Madras plague regulations and rules - Volume 2
Disease focus: Plague
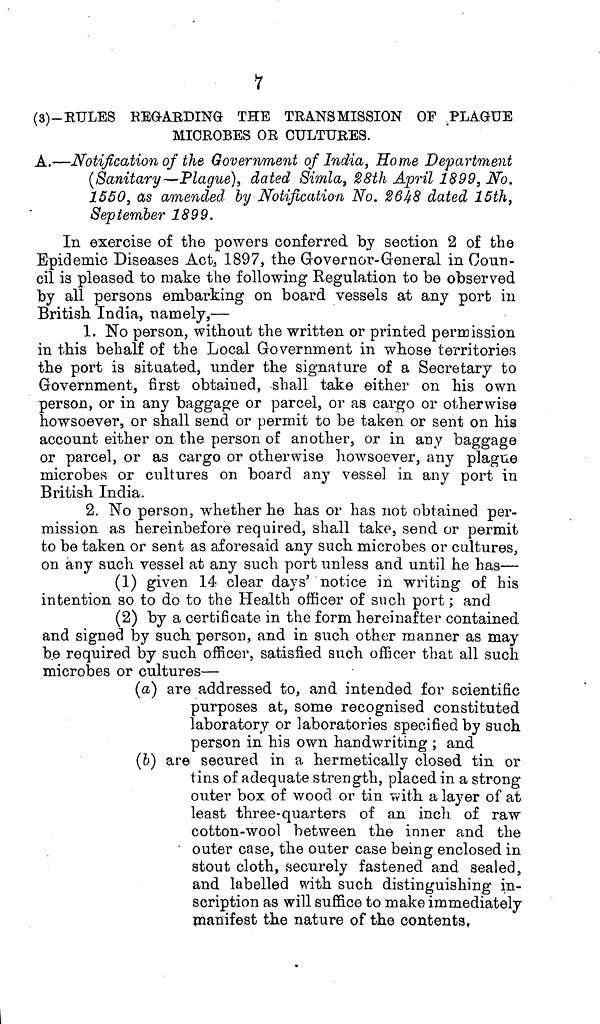
V
(3)-RULES REGARDING THE TRANSMISSION OF PLAGUE
MICROBES OR CULTURES.
A.—Notification of the Government of India, Home Department
(Sanitary—Plague), dated Simla, 28th April 1899, No.
1550, as amended by Notification No. 2648 dated 15th,
September 1899.
In exercise of the powers conferred by section 2 of the
Epidemic Diseases Act, 1897, the Governor-General in Coun-
cil is pleased to make the following Regulation to be observed
by all persons embarking on board vessels at any port in
British India, namely,—
1. No person, without the written or printed permission
in this behalf of the Local Government in whose territories
the port is situated, under the signature of a Secretary to
Government, first obtained, shall take either on his own
person, or in any baggage or parcel, or as cargo or otherwise
howsoever, or shall send or permit to be taken or sent on his
account either on the person of another, or in any baggage
or parcel, or as cargo or otherwise howsoever, any plague
microbes or cultures on board any vessel in any port in
British India.
2. No person, whether he has or has not obtained per-
mission as hereinbefore required, shall take, send or permit
to be taken or sent as aforesaid any such microbes or cultures,
on any such vessel at any such port unless and until he has—
(1) given 14 clear days' notice in writing of his
intention so to do to the Health officer of such port; and
(2) by a certificate in the form hereinafter contained
and signed by such person, and in such other manner as may
be required by such officer, satisfied such officer that all such
microbes or cultures—
(a) are addressed to, and intended for scientific
purposes at, some recognised constituted
laboratory or laboratories specified by such
person in his own handwriting ; and
(6) are secured in a hermetically closed tin or
tins of adequate strength, placed in a strong-
outer box of wood or tin with a layer of at
least three-quarters of an inch of raw
cotton-wool between the inner and the
outer case, the outer case being enclosed in
stout cloth, securely fastened and sealed,
and labelled with such distinguishing in-
scription as will suffice to make immediately
manifest the nature of the contents,